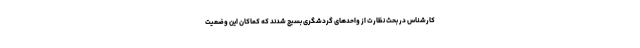
کارشناس در بحث نظارت از واحدهای گردشگری بسیج شدند که کماکان این وضعیت